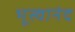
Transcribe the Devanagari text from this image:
भूस्वानंद